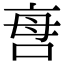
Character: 𠲯